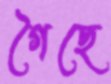
গৈছে